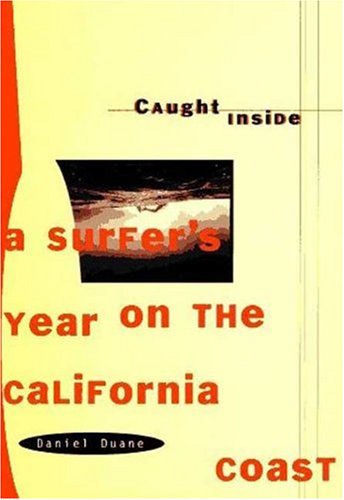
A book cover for Caught Inside: A Surfer's Year on the California Coast; Daniel Duane; Travel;